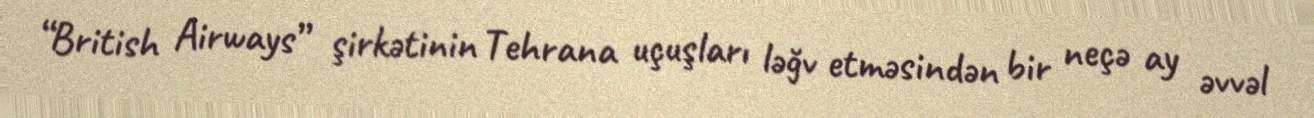
“British Airways” şirkətinin Tehrana uçuşları ləğv etməsindən bir neçə ay əvvəl